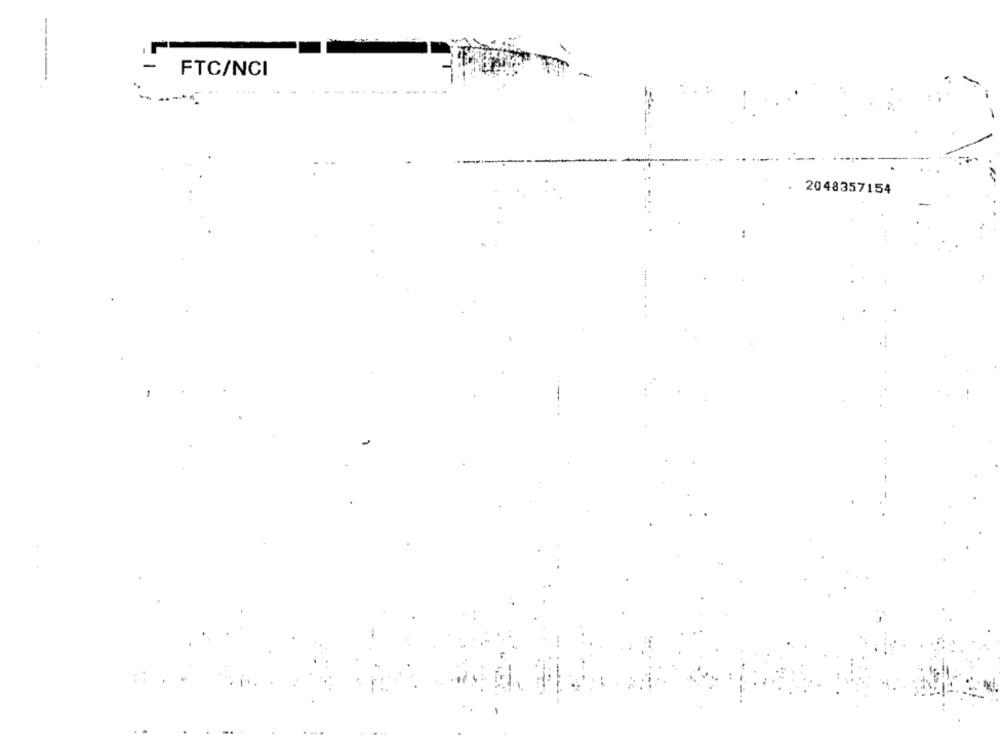
FTC/NCI
2048357154